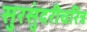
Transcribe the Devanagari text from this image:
सुरसुंदरीचरित्र